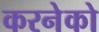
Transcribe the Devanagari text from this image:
करनेको